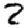
Digit: 2